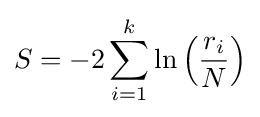
S=-2\sum _{i=1}^{k}\ln \left({\frac {r_{i}}{N}}\right)